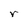
Character: r